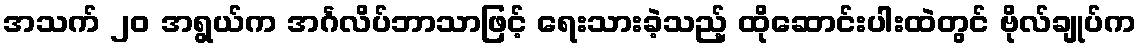
အသက် ၂၀ အရွယ်က အင်္ဂလိပ်ဘာသာဖြင့် ရေးသားခဲ့သည့် ထိုဆောင်းပါးထဲတွင် ဗိုလ်ချုပ်က